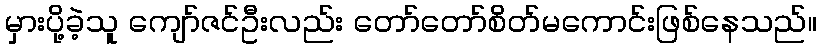
မှားပို့ခဲ့သူ ကျော်ဇင်ဦးလည်း တော်တော်စိတ်မကောင်းဖြစ်နေသည်။